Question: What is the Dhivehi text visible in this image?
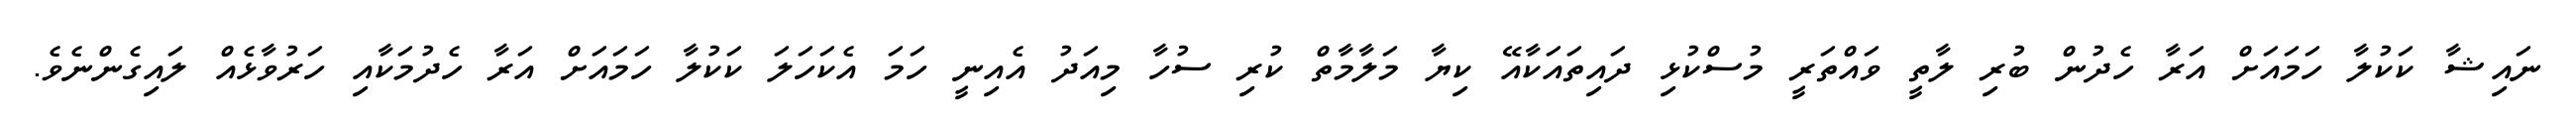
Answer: ނައިޝާ ކަކުލާ ހަމައަށް އަރާ ހެދުން ބުރި ލާތީ ވައްތަރީ މުސްކުޅި ދައިތައަކާއޭ ކިޔާ މަލާމާތް ކުރި ސުހާ މިއަދު އެއިނީ ހަމަ އެކަހަލަ ކަކުލާ ހަމައަށް އަރާ ހެދުމަކާއި ހަރުވާޅެއް ލައިގެންނެވެ.